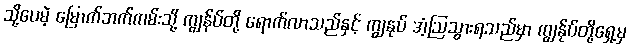
သို့ပေမဲ့ မြောက်ဘက်ကမ်းသို့ ကျွန်ပ်တို့ ရောက်လာသည်နှင့် ကျွနုပ် အံ့ဩသွားရသည်မှာ ကျွန်ုပ်တို့ရှေ့မှ